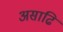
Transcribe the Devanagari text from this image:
असाढि